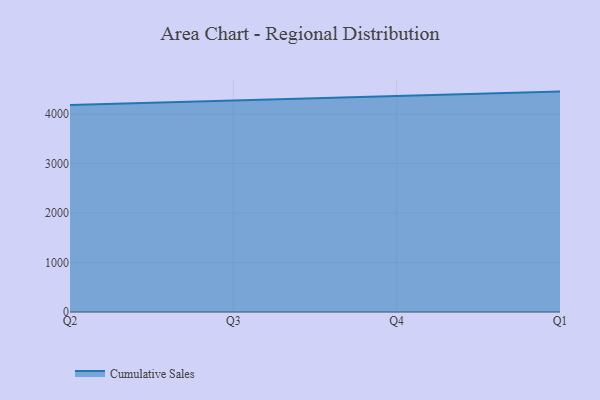
{"axis": {"x": "Quarter", "y": "Population (Million)"}, "legend": ["Cumulative Sales"], "data": [{"x": "Q2", "y": 4181.9, "type": "Cumulative Sales"}, {"x": "Q3", "y": 4269.2, "type": "Cumulative Sales"}, {"x": "Q4", "y": 4347.7, "type": "Cumulative Sales"}, {"x": "Q1", "y": 4450.2, "type": "Cumulative Sales"}]}